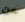
عن